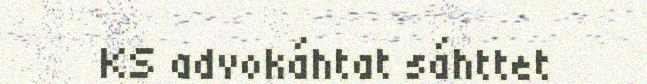
KS advokáhtat sáhttet